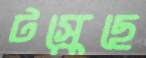
টস্‌কেছে